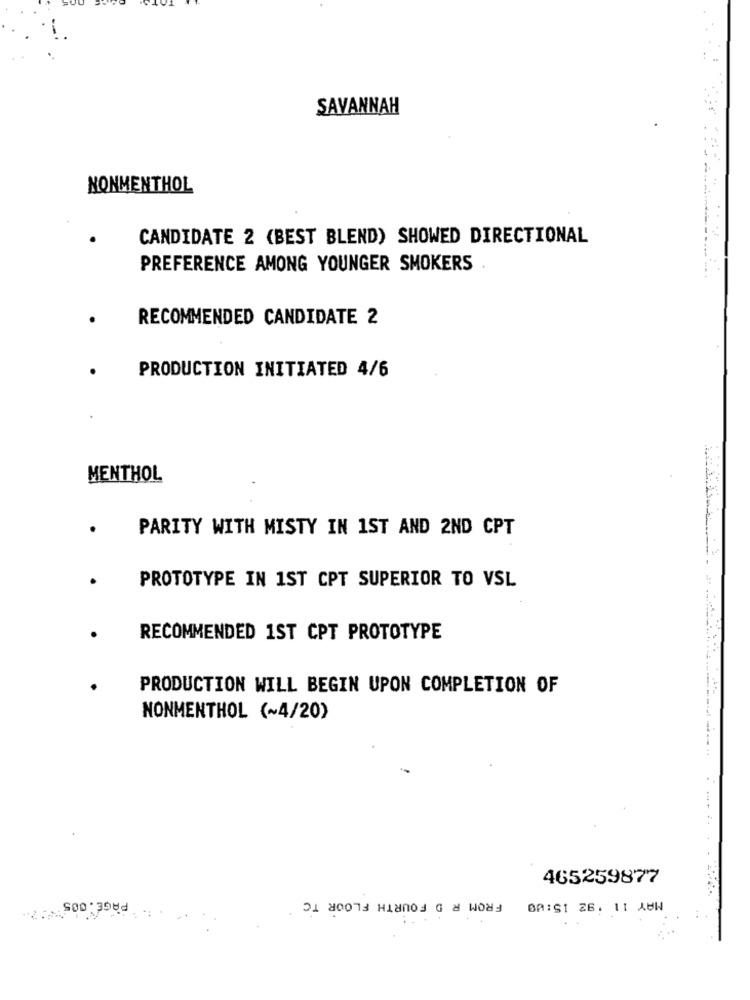
SAVANNAH
NONMENTHOL
CANDIDATE 2 (BEST BLEND) SHOWED DIRECTIONAL
PREFERENCE AMONG YOUNGER SMOKERS
RECOMMENDED CANDIDATE 2
PRODUCTION INITIATED 4/6
MENTHOL
PARITY WITH MISTY IN 1ST AND 2ND CPT
.
PROTOTYPE IN 1ST CPT SUPERIOR TO VSL
RECOMMENDED 1ST CPT PROTOTYPE
PRODUCTION WILL BEGIN UPON COMPLETION OF
NONMENTHOL (~4/20)
465259877
PAGE . 005
FROM R D FOURTH FLOOR TC .